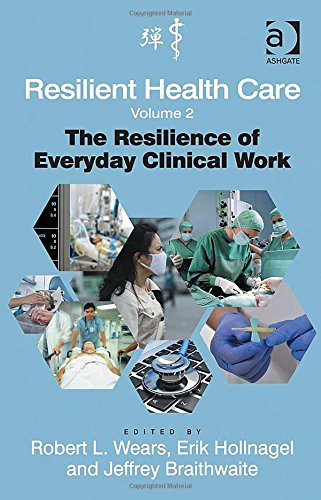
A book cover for Resilient Health Care: The Resilience of Everyday Clinical Work (Ashgate Studies in Resilience Engineering); Robert L. Wears; Medical Books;